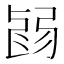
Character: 𢏽